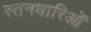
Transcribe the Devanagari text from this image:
स्तनधारिओं